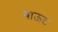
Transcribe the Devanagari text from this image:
बाऊट